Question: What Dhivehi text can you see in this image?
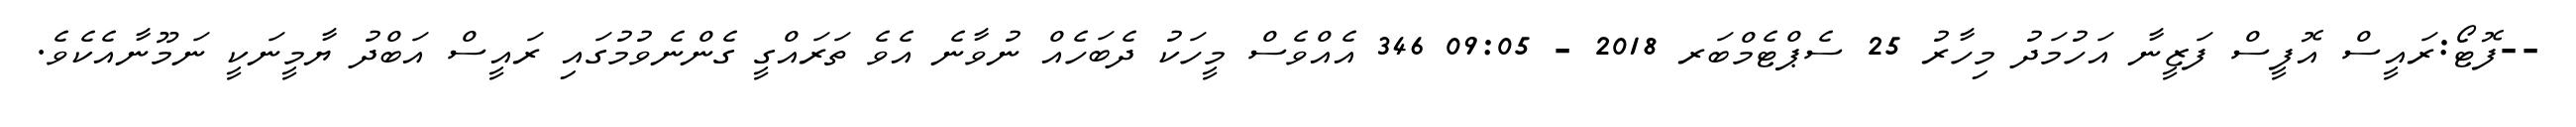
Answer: --ފޮޓޯ:ރައީސް އޮފީސް ފަޒީނާ އަހުމަދު މިހާރު 25 ސެޕްޓެމްބަރ 2018 - 09:05 346 އެއްވެސް މީހަކު ދެބަހެއް ނުވާނެ އެވެ ތަރައްގީ ގެންނެވުމުގައި ރައީސް އަބްދު ޔާމީނަކީ ނަމޫނާއެކެވެ.